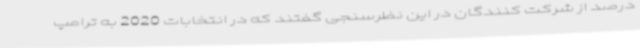
درصد از شرکت کنندگان در این نظرسنجی گفتند که در انتخابات 2020 به ترامپ